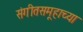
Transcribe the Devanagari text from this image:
संगीतसमूहाच्या